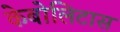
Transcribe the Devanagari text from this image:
केबोलिटास